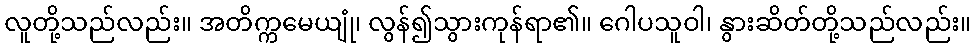
လူတို့သည်လည်း။ အတိက္ကမေယျုံ၊ လွန်၍သွားကုန်ရာ၏။ ဂေါပသူဝါ၊ နွားဆိတ်တို့သည်လည်း။